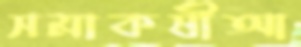
সমাকর্ষীআ